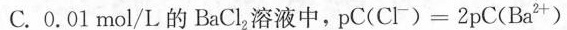
C.0.01mol/L的BaCl_{2}溶液中， $$p C ( C l ^ { - } ) = 2 p C ( B a ^ { 2 + } )$$